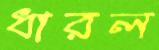
ধারল